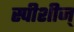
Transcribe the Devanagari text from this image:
स्पीशीज्